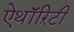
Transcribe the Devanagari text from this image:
ऐथॉऱिटी